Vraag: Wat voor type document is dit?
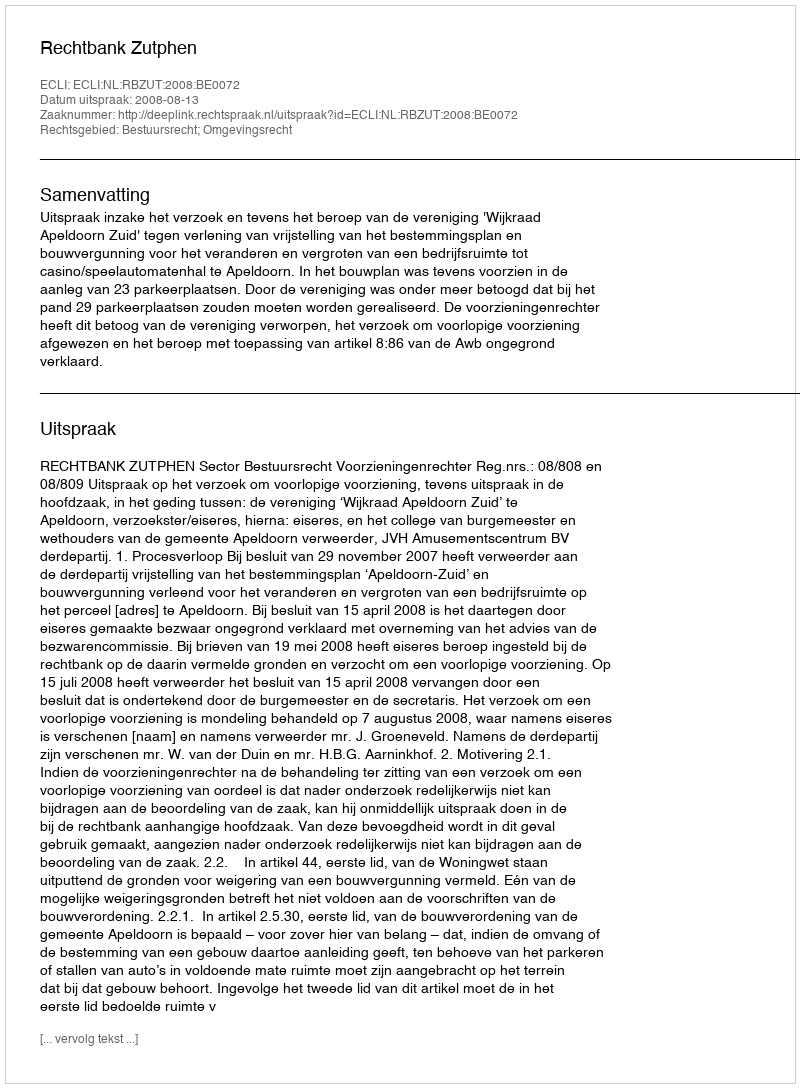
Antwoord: Uitspraak